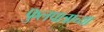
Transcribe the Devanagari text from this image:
फुलपात्राच्या